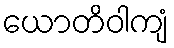
ယောတိဝါကျံ